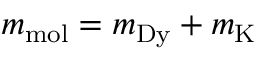
m _ { \mathrm { m o l } } = m _ { \mathrm { D y } } + m _ { \mathrm { K } }